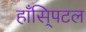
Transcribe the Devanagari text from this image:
हाँसि्पटल